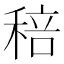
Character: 稖